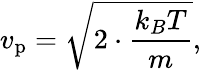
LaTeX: v_{\mathrm{p}}={\sqrt{2\cdot{\frac{k_{B}T}{m}}}},